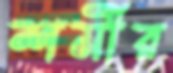
শর্মীর